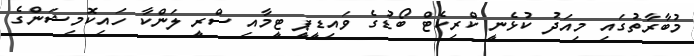
މުބާރާތުގައި މިއަދު ކުޅެނީ ކްރިކެޓް ބޯޑުގެ ވައިޑީޕީ ޓީމާއި ސްރީ ލަންކާ ހައިކޮމިޝަންގެ